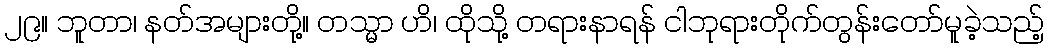
၂၉။ ဘူတာ၊ နတ်အများတို့။ တသ္မာ ဟိ၊ ထိုသို့ တရားနာရန် ငါဘုရားတိုက်တွန်းတော်မူခဲ့သည့်